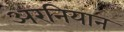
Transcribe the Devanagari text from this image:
अरनियान